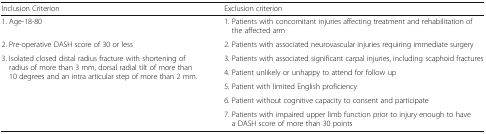
<table><thead><tr><td><b>Inclusion Criterion</b></td><td><b>Exclusion criterion</b></td></tr></thead><tbody><tr><td>1. Age-18-80</td><td>1. Patients with concomitant injuries affecting treatment and rehabilitation of the affected arm</td></tr><tr><td>2. Pre-operative DASH score of 30 or less</td><td>2. Patients with associated neurovascular injuries requiring immediate surgery</td></tr><tr><td rowspan="5">3. Isolated closed distal radius fracture with shortening of radius of more than 3 mm, dorsal radial tilt of more than 10 degrees and an intra articular step of more than 2 mm.</td><td>3. Patients with associated significant carpal injuries, including scaphoid fractures</td></tr><tr><td>4. Patient unlikely or unhappy to attend for follow up</td></tr><tr><td>5. Patient with limited English proficiency</td></tr><tr><td>6. Patient without cognitive capacity to consent and participate</td></tr><tr><td>7. Patients with impaired upper limb function prior to injury enough to have a DASH score of more than 30 points</td></tr></tbody></table>